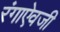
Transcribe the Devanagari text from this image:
रंगाऐवजी